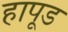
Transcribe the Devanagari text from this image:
हापूड